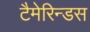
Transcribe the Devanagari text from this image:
टैमेरिन्डस